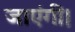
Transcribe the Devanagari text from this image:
जाएंगीं।